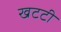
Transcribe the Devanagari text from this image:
खटटी